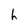
Character: h